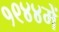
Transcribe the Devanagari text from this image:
१९४४में